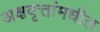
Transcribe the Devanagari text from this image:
अक्षवृत्तांमधील